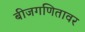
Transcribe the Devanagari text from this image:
बीजगणितावर